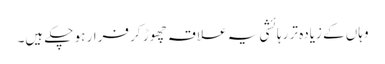
وہاں کے زیادہ تر رہائشی یہ علاقہ چھوڑ کر فرار ہو چکے ہیں۔